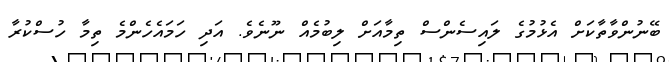
ބޭނުންވާތާކަށް އެޅުމުގެ ލައިސެންސް ތިމާއަށް ލިބުމެއް ނޫނެވެ. އަދި ހަމައެހެންމެ ތިމާ ހުސްކުރާ